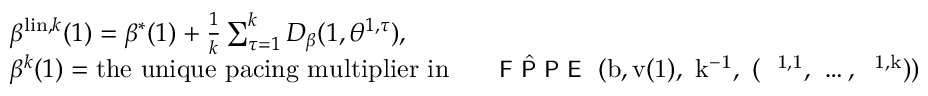
\begin{array} { r l } & { \beta ^ { \mathrm { l i n } , k } ( 1 ) = \beta ^ { * } ( 1 ) + \frac 1 { { k } } \sum _ { \tau = 1 } ^ { k } D _ { \beta } ( 1 , \theta ^ { 1 , \tau } ) , } \\ & { \beta ^ { k } ( 1 ) = \mathrm { t h e ~ u n i q u e ~ p a c i n g ~ m u l t i p l i e r ~ i n ~ { ~ \small ~ \widehat { ~ \textsf { { F P P E } } } } ( b , v ( 1 ) , ~ k ^ { - 1 } , ~ ( ~ \theta ^ { 1 , 1 } , ~ \dots , ~ \theta ^ { 1 , k } ) ) ~ } } \end{array}